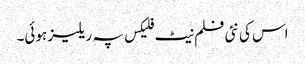
اس کی نئی فلم نیٹ فلیکس پہ ریلیز ہوئی۔